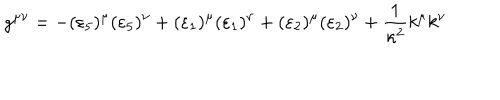
g ^ { \mu \nu } = - ( \varepsilon _ { 5 } ) ^ { \mu } ( \varepsilon _ { 5 } ) ^ { \nu } + ( \varepsilon _ { 1 } ) ^ { \mu } ( \varepsilon _ { 1 } ) ^ { \nu } + ( \varepsilon _ { 2 } ) ^ { \mu } ( \varepsilon _ { 2 } ) ^ { \nu } + \frac { 1 } { \kappa ^ { 2 } } k ^ { \mu } k ^ { \nu }